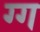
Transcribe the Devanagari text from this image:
ग्ग